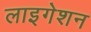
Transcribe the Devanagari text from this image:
लाइगेशन